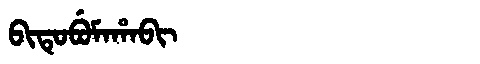
Manchu: ᠪᡳᡨᡠᠪᡠᠮᠠᡥᠠᠪᡳ
Romanization: BITUBUMAHABI